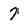
Character: 7